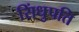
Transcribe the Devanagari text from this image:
सिंधुपति